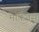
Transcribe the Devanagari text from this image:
मार्कवेस